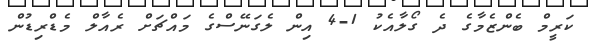
ކަރީމް ބެންޒެމާގެ ދެ ގޯލާއެކު 1-4 އިން ލެގަނޭސްގެ މައްޗަށް ރެއާލް މެޑްރިޑުން